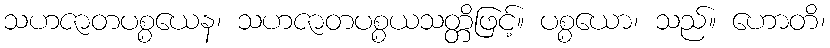
သဟဇာတပစ္စယေန၊ သဟဇာတပစ္စယသတ္တိဖြင့်။ ပစ္စယော၊ သည်။ ဟောတိ၊